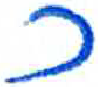
אות: כ